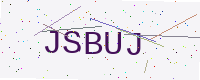
Text: JSBUJ